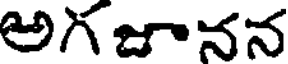
అగ జూనన